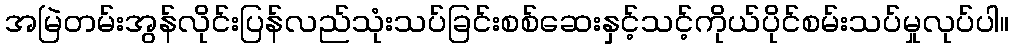
အမြဲတမ်းအွန်လိုင်းပြန်လည်သုံးသပ်ခြင်းစစ်ဆေးနှင့်သင့်ကိုယ်ပိုင်စမ်းသပ်မှုလုပ်ပါ။